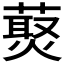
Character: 𰱸